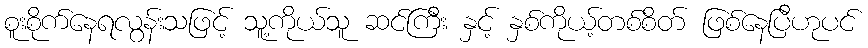
စူးစိုက်နေရလွန်းသဖြင့် သူ့ကိုယ်သူ ဆင်ကြီး နှင့် နှစ်ကိုယ့်တစ်စိတ် ဖြစ်နေပြီဟုပင်